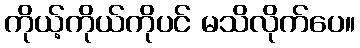
ကိုယ့်ကိုယ်ကိုပင် မသိလိုက်ပေ။